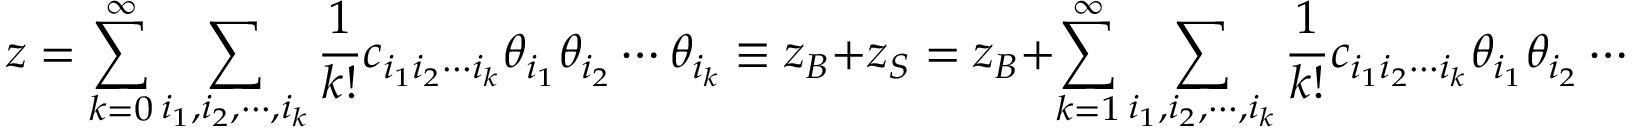
z = \sum _ { k = 0 } ^ { \infty } \sum _ { i _ { 1 } , i _ { 2 } , \cdots , i _ { k } } { \frac { 1 } { k ! } } c _ { i _ { 1 } i _ { 2 } \cdots i _ { k } } \theta _ { i _ { 1 } } \theta _ { i _ { 2 } } \cdots \theta _ { i _ { k } } \equiv z _ { B } + z _ { S } = z _ { B } + \sum _ { k = 1 } ^ { \infty } \sum _ { i _ { 1 } , i _ { 2 } , \cdots , i _ { k } } { \frac { 1 } { k ! } } c _ { i _ { 1 } i _ { 2 } \cdots i _ { k } } \theta _ { i _ { 1 } } \theta _ { i _ { 2 } } \cdots \theta _ { i _ { k } } ,